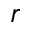
r